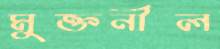
মুক্তনীল